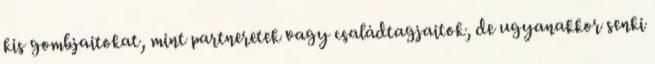
kis gombjaitokat, mint partneretek vagy családtagjaitok, de ugyanakkor senki